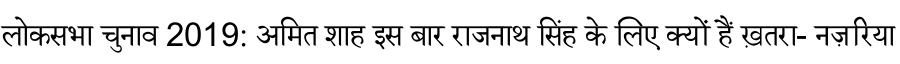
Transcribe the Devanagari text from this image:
लोकसभा चुनाव 2019: अमित शाह इस बार राजनाथ सिंह के लिए क्यों हैं ख़तरा- नज़रिया